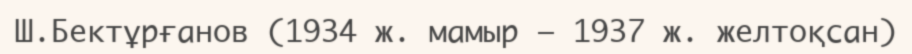
Ш.Бектұрғанов (1934 ж. мамыр – 1937 ж. желтоқсан)